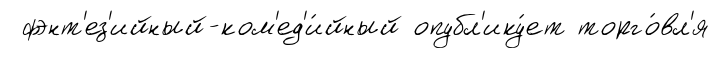
фэнт'ез'ийный-ком'ед'и́йный опубл'ику́ет торго́вл'я